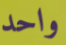
واحد